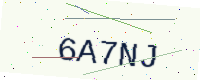
Text: 6A7NJ